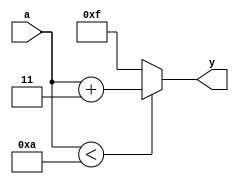
module BCd2XS3(
	input [3:0] a,
	output reg [3:0] y
);

always@(*) begin
	if (a<4'b1010) begin
		y <= a + 4'b0011;
	end else begin
		y <= 4'b1111;
	end
end

endmodule